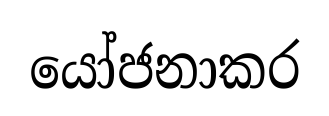
යෝජනාකර